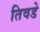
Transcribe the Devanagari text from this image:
तिवडे